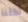
أكلنا